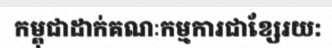
កម្ពុជាដាក់គណៈកម្មការជាខ្សែរយ: